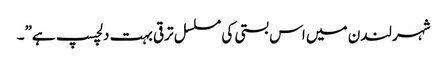
شہر لندن میں اس بستی کی مسلسل ترقی بہت دلچسپ ہے”۔